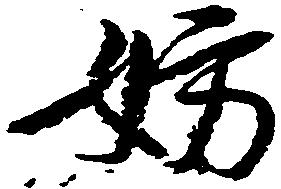
妨